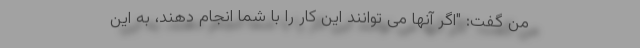
من گفت: "اگر آنها می توانند این کار را با شما انجام دهند، به این